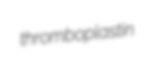
thromboplastin